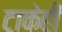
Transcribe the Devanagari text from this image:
टाकेही